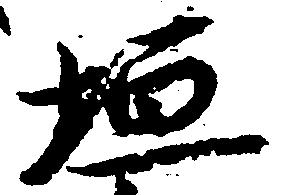
垣